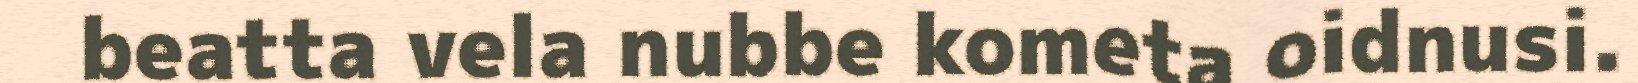
beatta vela nubbe kometa oidnusi.